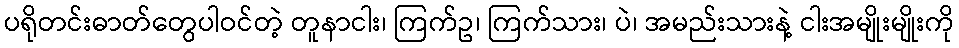
ပရိုတင်းဓာတ်တွေပါဝင်တဲ့ တူနာငါး၊ ကြက်ဥ၊ ကြက်သား၊ ပဲ၊ အမည်းသားနဲ့ ငါးအမျိုးမျိုးကို